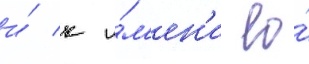
и́ к и́м'ен'и ео́